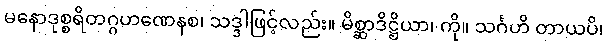
မနောဒုစ္စရိတဂ္ဂဟဏေနစ၊ သဒ္ဒါဖြင့်လည်း။ မိစ္ဆာဒိဋ္ဌိယာ၊ ကို။ သင်္ဂဟိ တာယပိ၊